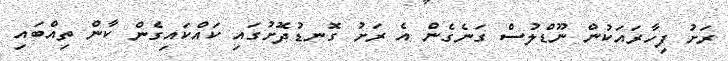
ރަށު ފިހާރައަކުން ނޫޑްލުސް ގަނެގެން އެ ރަށު ގޮނޑުދޮށުގައި ކައްކައިގެން ކާން ތިއްބައި